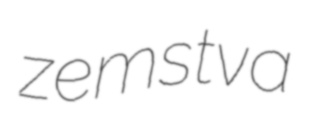
zemstva